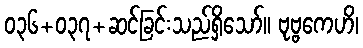
၀၃၆+၀၃၇+ဆင်ခြင်းသည်ရှိသော်။ ဗုဗ္ဗကေဟိ၊